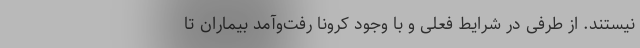
نیستند. از طرفی در شرایط فعلی و با وجود کرونا رفت‌وآمد بیماران تا